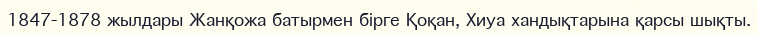
1847-1878 жылдары Жанқожа батырмен бірге Қоқан, Хиуа хандықтарына қарсы шықты.